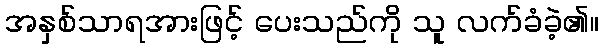
အနှစ်သာရအားဖြင့် ပေးသည်ကို သူ လက်ခံခဲ့၏။